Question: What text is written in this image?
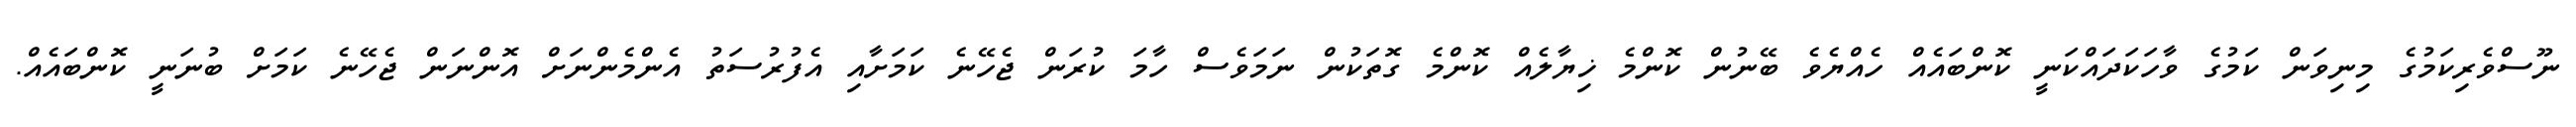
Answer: ނޫސްވެރިކަމުގެ މިނިވަން ކަމުގެ ވާހަކަދައްކަނީ ކޮންބައެއް ހެއްޔެވެ ބޭނުން ކޮންމެ ޚިޔާލެއް ކޮންމެ ގޮތަކުން ނަމަވެސް ހާމަ ކުރަން ޖެހޭނެ ކަމަށާއި އެފުރުސަތު އެންމެންނަށް އޮންނަން ޖެހޭނެ ކަމަށް ބުނަނީ ކޮންބައެއް.